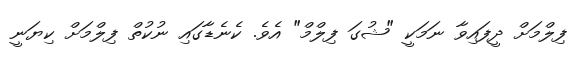
ފިލްމަށް ދީފައިވާ ނަމަކީ "ޝުގަ ފިލްމް" އެވެ. ކެނެޑާގައި ނުކުތް ފިލްމަށް ކިޔަނީ